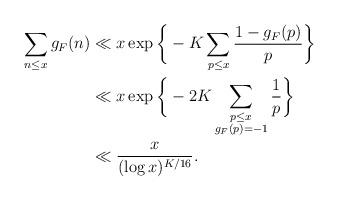
LaTeX: \begin{align*}\begin{aligned}\sum_{n\leq x} g_F(n)& \ll x\exp\bigg\{-K\sum_{p\leq x} \frac{1-g_F(p)}{p}\bigg\}\\& \ll x\exp\bigg\{-2K\sum_{\substack{p\leq x\\ g_F(p)=-1}} \frac{1}{p}\bigg\}\\& \ll \frac{x}{(\log x)^{K/16}}. \end{aligned}\end{align*}